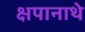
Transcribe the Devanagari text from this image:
क्षपानाथे